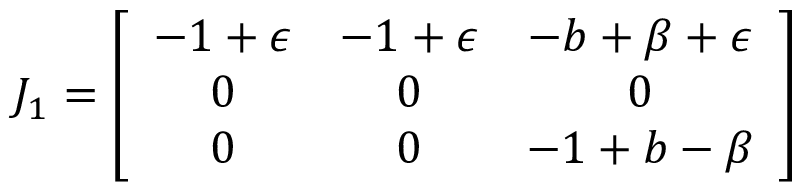
J _ { 1 } = \left[ \begin{array} { c c c } { - 1 + \epsilon } & { - 1 + \epsilon } & { - b + \beta + \epsilon } \\ { 0 } & { 0 } & { 0 } \\ { 0 } & { 0 } & { - 1 + b - \beta } \end{array} \right]